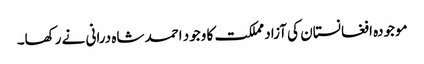
موجودہ افغانستان کی آزاد مملکت کا وجود احمد شاہ درانی نے رکھا۔